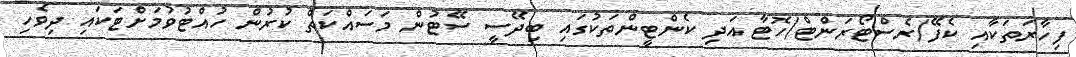
ފިހާރަތަކާއި ކެފޭ/ރެސްޓޯރަންޓް/ހޮޓާ އަދި ކެންޓީންތަކުގައި ބިދޭސީ ސޭޓުން މަަސައްކަތް ކުރުން ހުއްޓުވުމަށްޓަކައި ދިވެހި